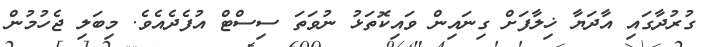
ގުރުދާގައި އާދަޔާ ޚިލާފަށް ގިނައިން ވައިކޮތަޅު ނުވަތަ ސިސްޓް އުފެދެއެވެ. މިބަލި ޖެހުމުން